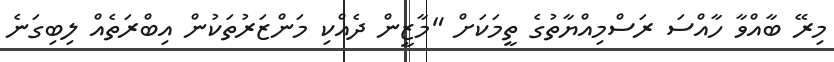
މިރޭ ބާއްވާ ހާއްސަ ރަސްމިއްޔާތުގެ ތީމަކަށް "މާޒީން ދެއްކި މަންޒަރުތަކުން އިބްރަތެއް ލިބިގަނެ